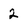
Character: 2